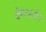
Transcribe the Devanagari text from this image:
केपस्टोन